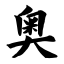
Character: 奥